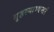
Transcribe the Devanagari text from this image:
गृहस्याभ्यन्तरं